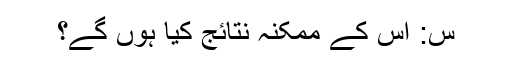
س: اس کے ممکنہ نتائج کیا ہوں گے؟